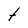
Character: t